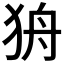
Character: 𰡌